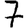
Digit: 7